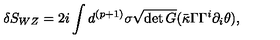
\delta S _ { W Z } = 2 i \int d ^ { ( p + 1 ) } \sigma \sqrt { \det G } ( \bar { \kappa } \Gamma \Gamma ^ { i } \partial _ { i } \theta ) ,